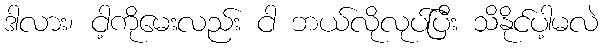
ဒါလား၊ ငါ့ကိုမေးလည်း ငါ ဘယ်လိုလုပ်ပြီး သိနိုင်ပါ့မလဲ